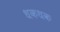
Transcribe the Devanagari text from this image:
धकधक